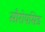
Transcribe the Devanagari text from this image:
सौरोपसिड